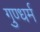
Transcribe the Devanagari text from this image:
गुण्धर्म